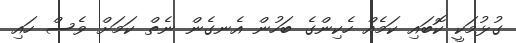
ގުޅުމަކީ ކޮބައި ކަމެއް ހެކިންގެ ބަހުން އެނގެން ނެތް ކަމަށް ވެސް ހައި